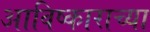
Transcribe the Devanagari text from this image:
आविष्काराच्या